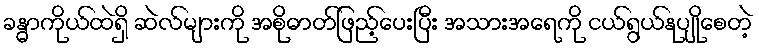
ခန္ဓာကိုယ်ထဲရှိ ဆဲလ်များကို အစိုဓာတ်ဖြည့်ပေးပြီး အသားအရေကို ငယ်ရွယ်နုပျိုစေတဲ့